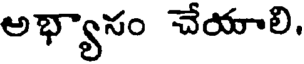
అభ్యాసం చేయాలి.